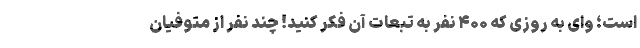
است؛ وای به روزی که ۴۰۰ نفر به تبعات آن فکر کنید! چند نفر از متوفیان